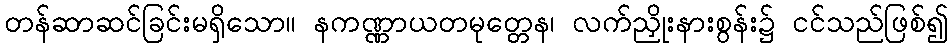
တန်ဆာဆင်ခြင်းမရှိသော။ နကဏ္ဏာယတမုတ္တေန၊ လက်ညှိုးနားစွန်း၌ ငင်သည်ဖြစ်၍